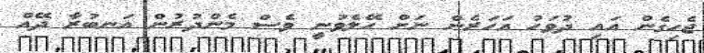
ޖެހިގެން އައި ދުވަހު އަހަރެން ނަށް ހޭލެވުނީ ވެސް މެންދުރުން އަނބުރާ ދޭއް